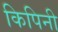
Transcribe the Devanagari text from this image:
किपिनी